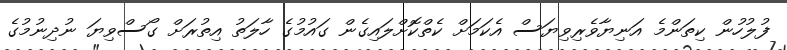
ފުލުހުން ކިތަންމެ އަނިޔާވެރިވިޔަސް އެކަމަށް ކެތްކޮށްލައިގެން ގައުމުގެ ހާލަތު އިތުރަށް ގޯސްވިޔަ ނުދިނުމުގެ